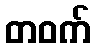
တဝက်